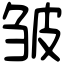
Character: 皱